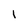
Character: 1